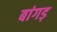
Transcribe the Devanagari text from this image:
बांगड़